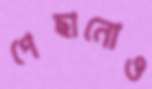
পেছানোও